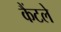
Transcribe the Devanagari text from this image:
कैंटले